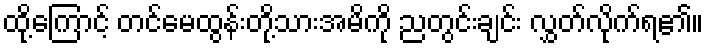
ထို့ကြောင့် တင်မေထွန်းတို့သားအမိကို ညတွင်းချင်း လွှတ်လိုက်ရ၏။